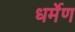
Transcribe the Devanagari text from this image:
धर्मेण